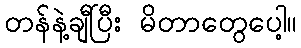
တန်နဲ့ချီပြီး မိတာတွေပေါ့။